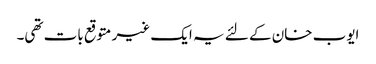
ایوب خان کے لئے یہ ایک غیر متوقع بات تھی۔